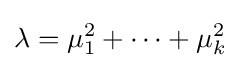
\lambda =\mu _{1}^{2}+\cdots +\mu _{k}^{2}